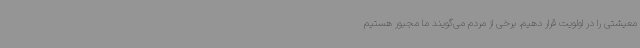
معیشتی را در اولویت قرار دهیم. برخی از مردم می‌گویند ما مجبور هستیم